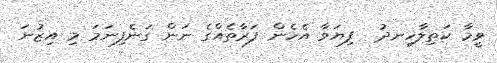
ވީމާ ކަތިލާހިނދު  ފިޔަވާ އެހެން ފަރާތެއްގެ ނަން ގަނެފިނަމަ މި އިޒުނަ